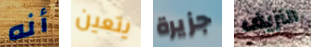
أنه يتعين جزيرة النزيف